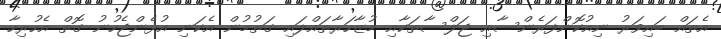
އެތައް ބައިވަރު ނިއުކޮންފަރެންސާއި ޖަލްސާތަކާއި މުޒާހަރާތައްލައި ގަތުމުން އެކަނި އުޅެންޖެހުނު ގޮތް އެހުރިހާ